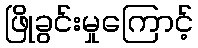
ဖြိုခွင်းမှုကြောင့်